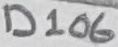
Text: D106